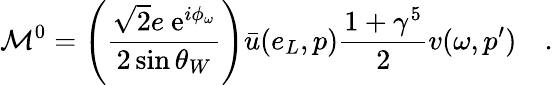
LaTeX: {\cal M}^{0}=\left({\frac{\sqrt{2}e\mathrm{\ e}^{i\phi_{\omega}}}{2\sin\theta_{W}}}\right)\bar{u}(e_{L},p){\frac{1+\gamma^{5}}{2}}v(\omega,p^{\prime})\quad.